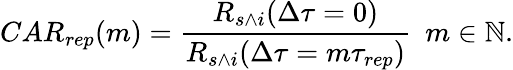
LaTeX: CAR_{rep}(m)=\frac{R_{s\wedge i}(\Delta\tau=0)}{R_{s\wedge i}(\Delta\tau=m\tau_{rep})}\ \ m\in\mathbb{N}.